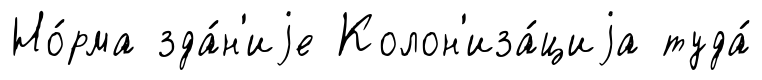
Но́рма зда́н'иjе Колон'иза́циjа туда́